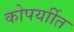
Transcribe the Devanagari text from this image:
कोपर्याीत